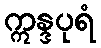
ဣန္ဒပုရံ